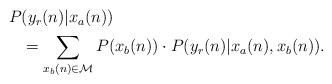
\begin{align*} \begin{aligned}P&(y_r(n)| x_a(n))\\ &= \sum_{x_b(n) \in \mathcal{M}} P(x_b(n)) \cdot P(y_r(n)| {x}_a(n), x_b(n)). \end{aligned}\end{align*}